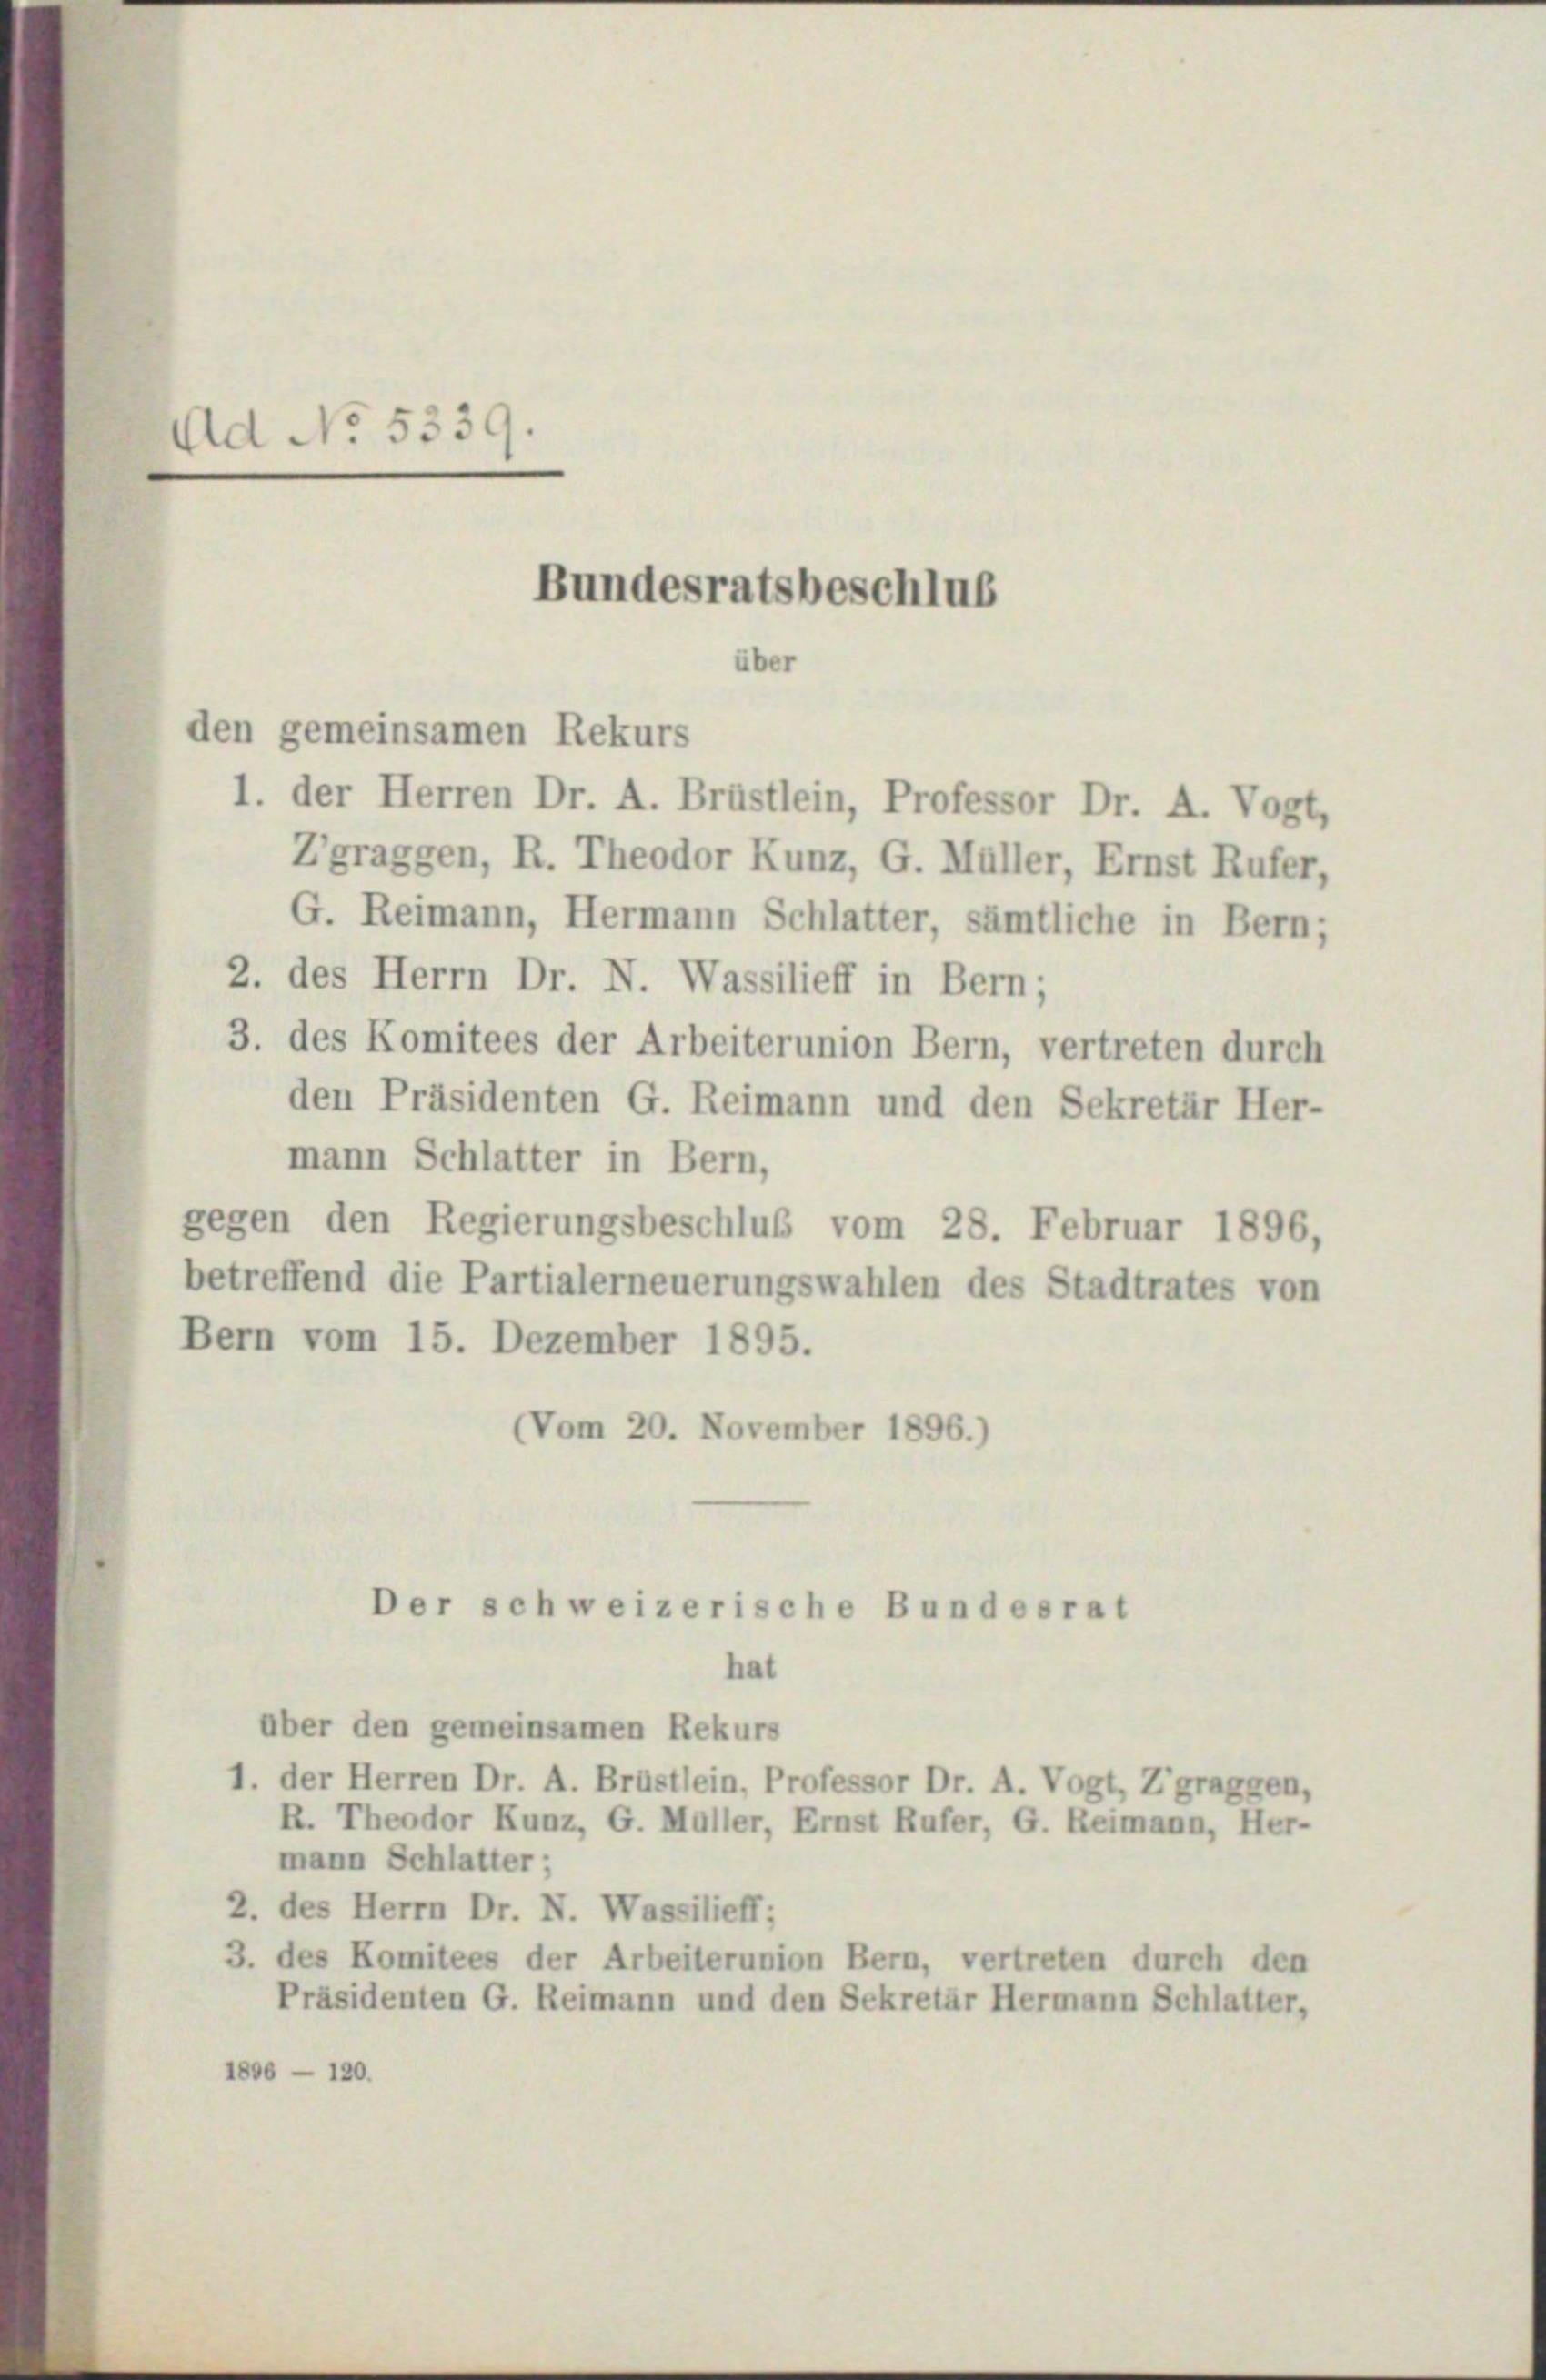
AAd No. 5339.

1. der Herren Dr. A. Brüstlein, Professor Dr. A. Vogt,
Zgraggen, R. Theodor Kunz, G. Müller, Ernst Rufer,
G. Reimann, Hermann Schlatter, sämtliche in Bern;
2. des Herrn Dr. N. Wassilieff in Bern;
3. des Komitees der Arbeiterunion Bern, vertreten durch
den Präsidenten G. Reimann und den Sekretär Her-
mann Schlatter in Bern,
gegen den Regierungsbeschluß vom 28. Februar 1896,
betreffend die Partialerneuerungswahlen des Stadtrates von
Bern vom 15. Dezember 1895.
(Vom 20. November 1896.)

Bundesratsbeschlus
über
den gemeinsamen Rekurs

Der schweizerische Bundesrat

hat
aber den gemeinsamen Rekurs
1. der Herren Dr. A. Brüstlein, Professor Dr. A. Vogt, Zgraggen,
R. Theodor Kunz, G. Müller, Ernst Rufer, G. Reimann, Her-
mann Schlatter;
2. des Herrn Dr. N. Wassilieff;
3. des Komitees der Arbeiterunion Bern, vertreten durch den
Präsidenten G. Reimann und den Sekretär Hermann Schlatter,
1806 — 120.